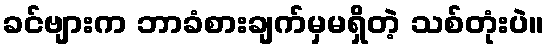
ခင်ဗျားက ဘာခံစားချက်မှမရှိတဲ့ သစ်တုံးပဲ။